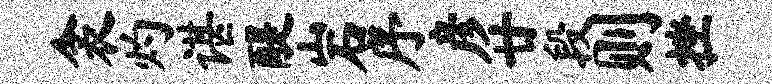
衾灼谌醍岩序彦廿段则挫